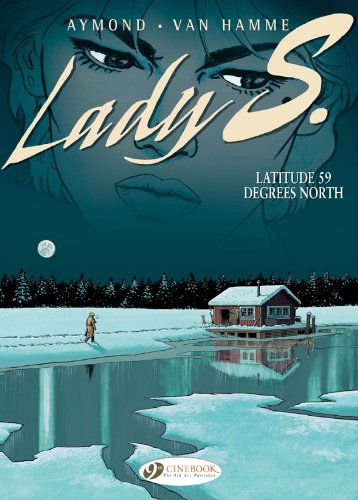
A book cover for Latitude 59 Degrees North: Lady S. Vol. 2; Jean Van Hamme; Comics & Graphic Novels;